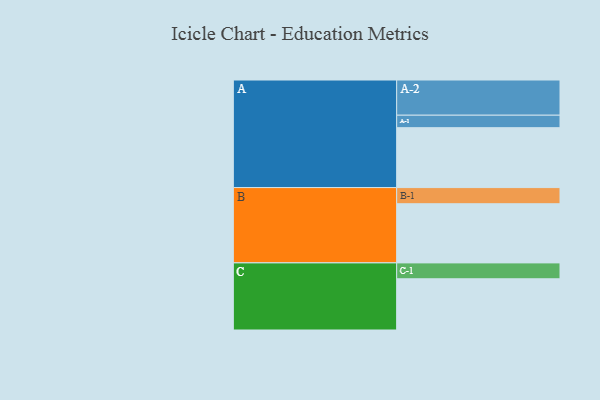
{"axis": {"x": "Segment", "y": "Value"}, "legend": ["", "A", "B", "C"], "data": [{"x": "A", "y": 475, "type": ""}, {"x": "B", "y": 469, "type": ""}, {"x": "C", "y": 406, "type": ""}, {"x": "A-1", "y": 99, "type": "A"}, {"x": "A-2", "y": 279, "type": "A"}, {"x": "B-1", "y": 128, "type": "B"}, {"x": "C-1", "y": 126, "type": "C"}]}